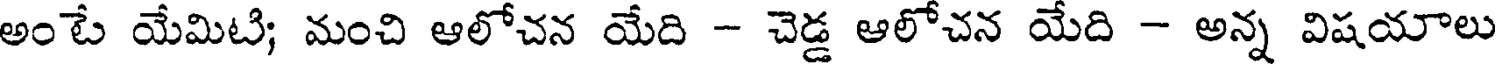
అంటే యేమిటి; మంచి ఆలోచన యేది - చెడ్డ ఆలోచన యేది - అన్న విషయాలు